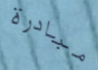
مبادرة